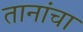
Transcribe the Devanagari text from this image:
तानांचा